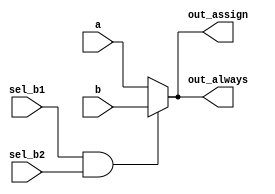
// synthesis verilog_input_version verilog_2001
module top_module(
    input a,
    input b,
    input sel_b1,
    input sel_b2,
    output wire out_assign,
    output reg out_always   ); 

    assign out_assign = (sel_b1 == 1'b1 & sel_b2 == 1'b1)?b:a;
    
    always @(*) begin
        if (sel_b1 == 1'b1 & sel_b2 == 1'b1)begin
            out_always = b;
    	end
    	else begin
            out_always = a;
        end
    end
    
endmodule